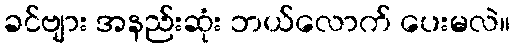
ခင်ဗျား အနည်းဆုံး ဘယ်လောက် ပေးမလဲ။